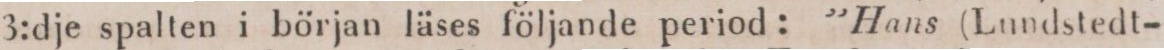
3:dje spalten i början läses följande period: ”Hans (Lundstedt-